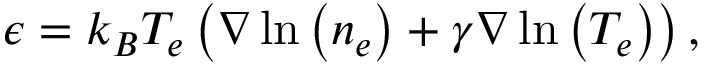
{ \boldsymbol { \epsilon } } = { k _ { B } } { T _ { e } } \left( { \nabla \ln \left( { { n _ { e } } } \right) + \gamma \nabla \ln \left( { { T _ { e } } } \right) } \right) ,